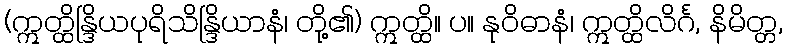
(ဣတ္ထိန္ဒြိယပုရိသိန္ဒြိယာနံ၊ တို့၏) ဣတ္ထိ။ ပ။ နုဝိဓာနံ၊ ဣတ္ထိလိင်္ဂ, နိမိတ္တ,